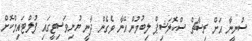
ސުނީނާ އަށް ރިސާޗް ސްކޮލަޝިޕް ލިބުމުން އޭނާ ވެގެން ދާނީ ޔުނިވަސިޓީގައި ފުލްޓައިމްކޮށް